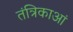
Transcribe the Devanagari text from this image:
तंत्रिकाआं